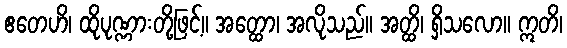
ဧတေဟိ၊ ထိုပုဏ္ဏားတို့ဖြင့်။ အတ္ထော၊ အလိုသည်။ အတ္ထိ၊ ရှိသလော။ ဣတိ၊